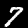
Label: 7